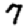
Digit: 7